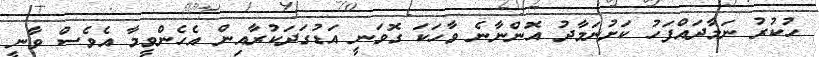
ހުކުރު ނަމާދައްފަހު ކަށުނަމާދު އޮންނާނެ ވާހަކަ ގޮވަނީ އަޑުގަދަކުރާއިން އެހެންވީމާ އެވެސް ވާނީ